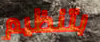
بتنظيم